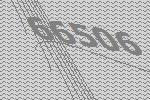
66506